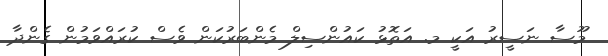
މޫސާ ނަސީރު އަކީ މ. އަތޮޅު ކައުންސިލް މެންބަރުކަން ވެސް ކުރައްވަމުން ގެންދާ